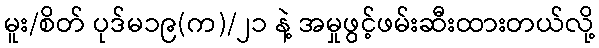
မူး/စိတ် ပုဒ်မ၁၉(က)/၂၁ နဲ့ အမှုဖွင့်ဖမ်းဆီးထားတယ်လို့